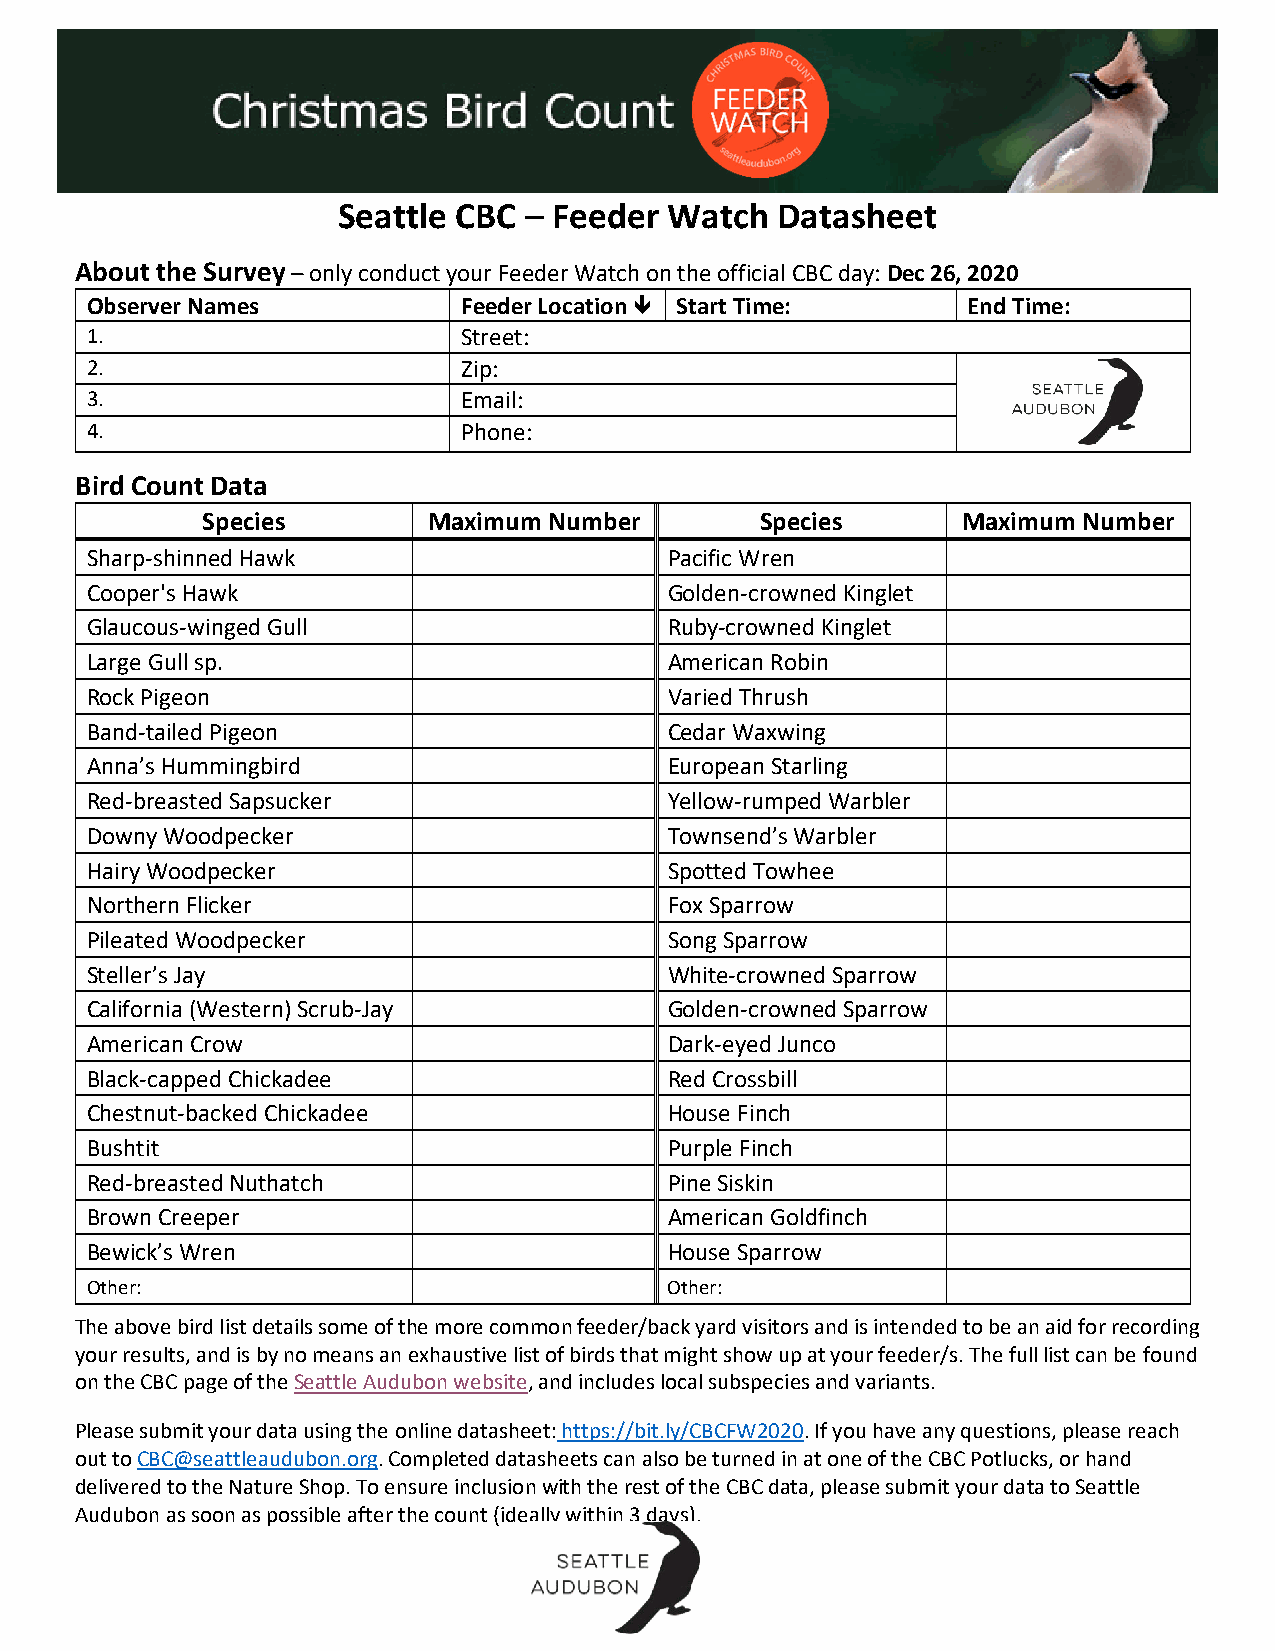
Seattle CBC  – Feeder Watch  Datasheet
 About the Survey – only conduct your Feeder Watch on the official CBC day: Dec 26, 2020
 Observer Names           Feeder Location  Start Time:    End Time:
 1.                       Street:
 2.                       Zip:
 3.                       Email:
 4.                       Phone:
 Bird Count Data
 Species        Maximum Number        Species       Maximum Number
 Sharp-shinned Hawk                    Pacific Wren
 Cooper's Hawk                         Golden-crowned Kinglet
 Glaucous-winged Gull                  Ruby-crowned Kinglet
 Large Gull sp.                        American Robin
 Rock Pigeon                           Varied Thrush
 Band-tailed Pigeon                    Cedar Waxwing
 Anna’s Hummingbird                    European Starling
 Red-breasted Sapsucker                Yellow-rumped Warbler
 Downy Woodpecker                      Townsend’s Warbler
 Hairy Woodpecker                      Spotted Towhee
 Northern Flicker                      Fox Sparrow
 Pileated Woodpecker                   Song Sparrow
 Steller’s Jay                         White-crowned Sparrow
 California (Western) Scrub-Jay        Golden-crowned Sparrow
 American Crow                         Dark-eyed Junco
 Black-capped Chickadee                Red Crossbill
 Chestnut-backed Chickadee             House Finch
 Bushtit                               Purple Finch
 Red-breasted Nuthatch                 Pine Siskin
 Brown Creeper                         American Goldfinch
 Bewick’s Wren                         House Sparrow
 Other:                                Other:
 The above bird list details some of the more common feeder/back yard visitors and is intended to be an aid for recording
 your results, and is by no means an exhaustive list of birds that might show up at your feeder/s. The full list can be found
 on the CBC page of the Seattle Audubon website, and includes local subspecies and variants.
 Please submit your data using the online datasheet: https://bit.ly/CBCFW2020. If you have any questions, please reach
 out to CBC@seattleaudubon.org. Completed datasheets can also be turned in at one of the CBC Potlucks, or hand
 delivered to the Nature Shop. To ensure inclusion with the rest of the CBC data, please submit your data to Seattle
 Audubon as soon as possible after the count (ideally within 3 days).